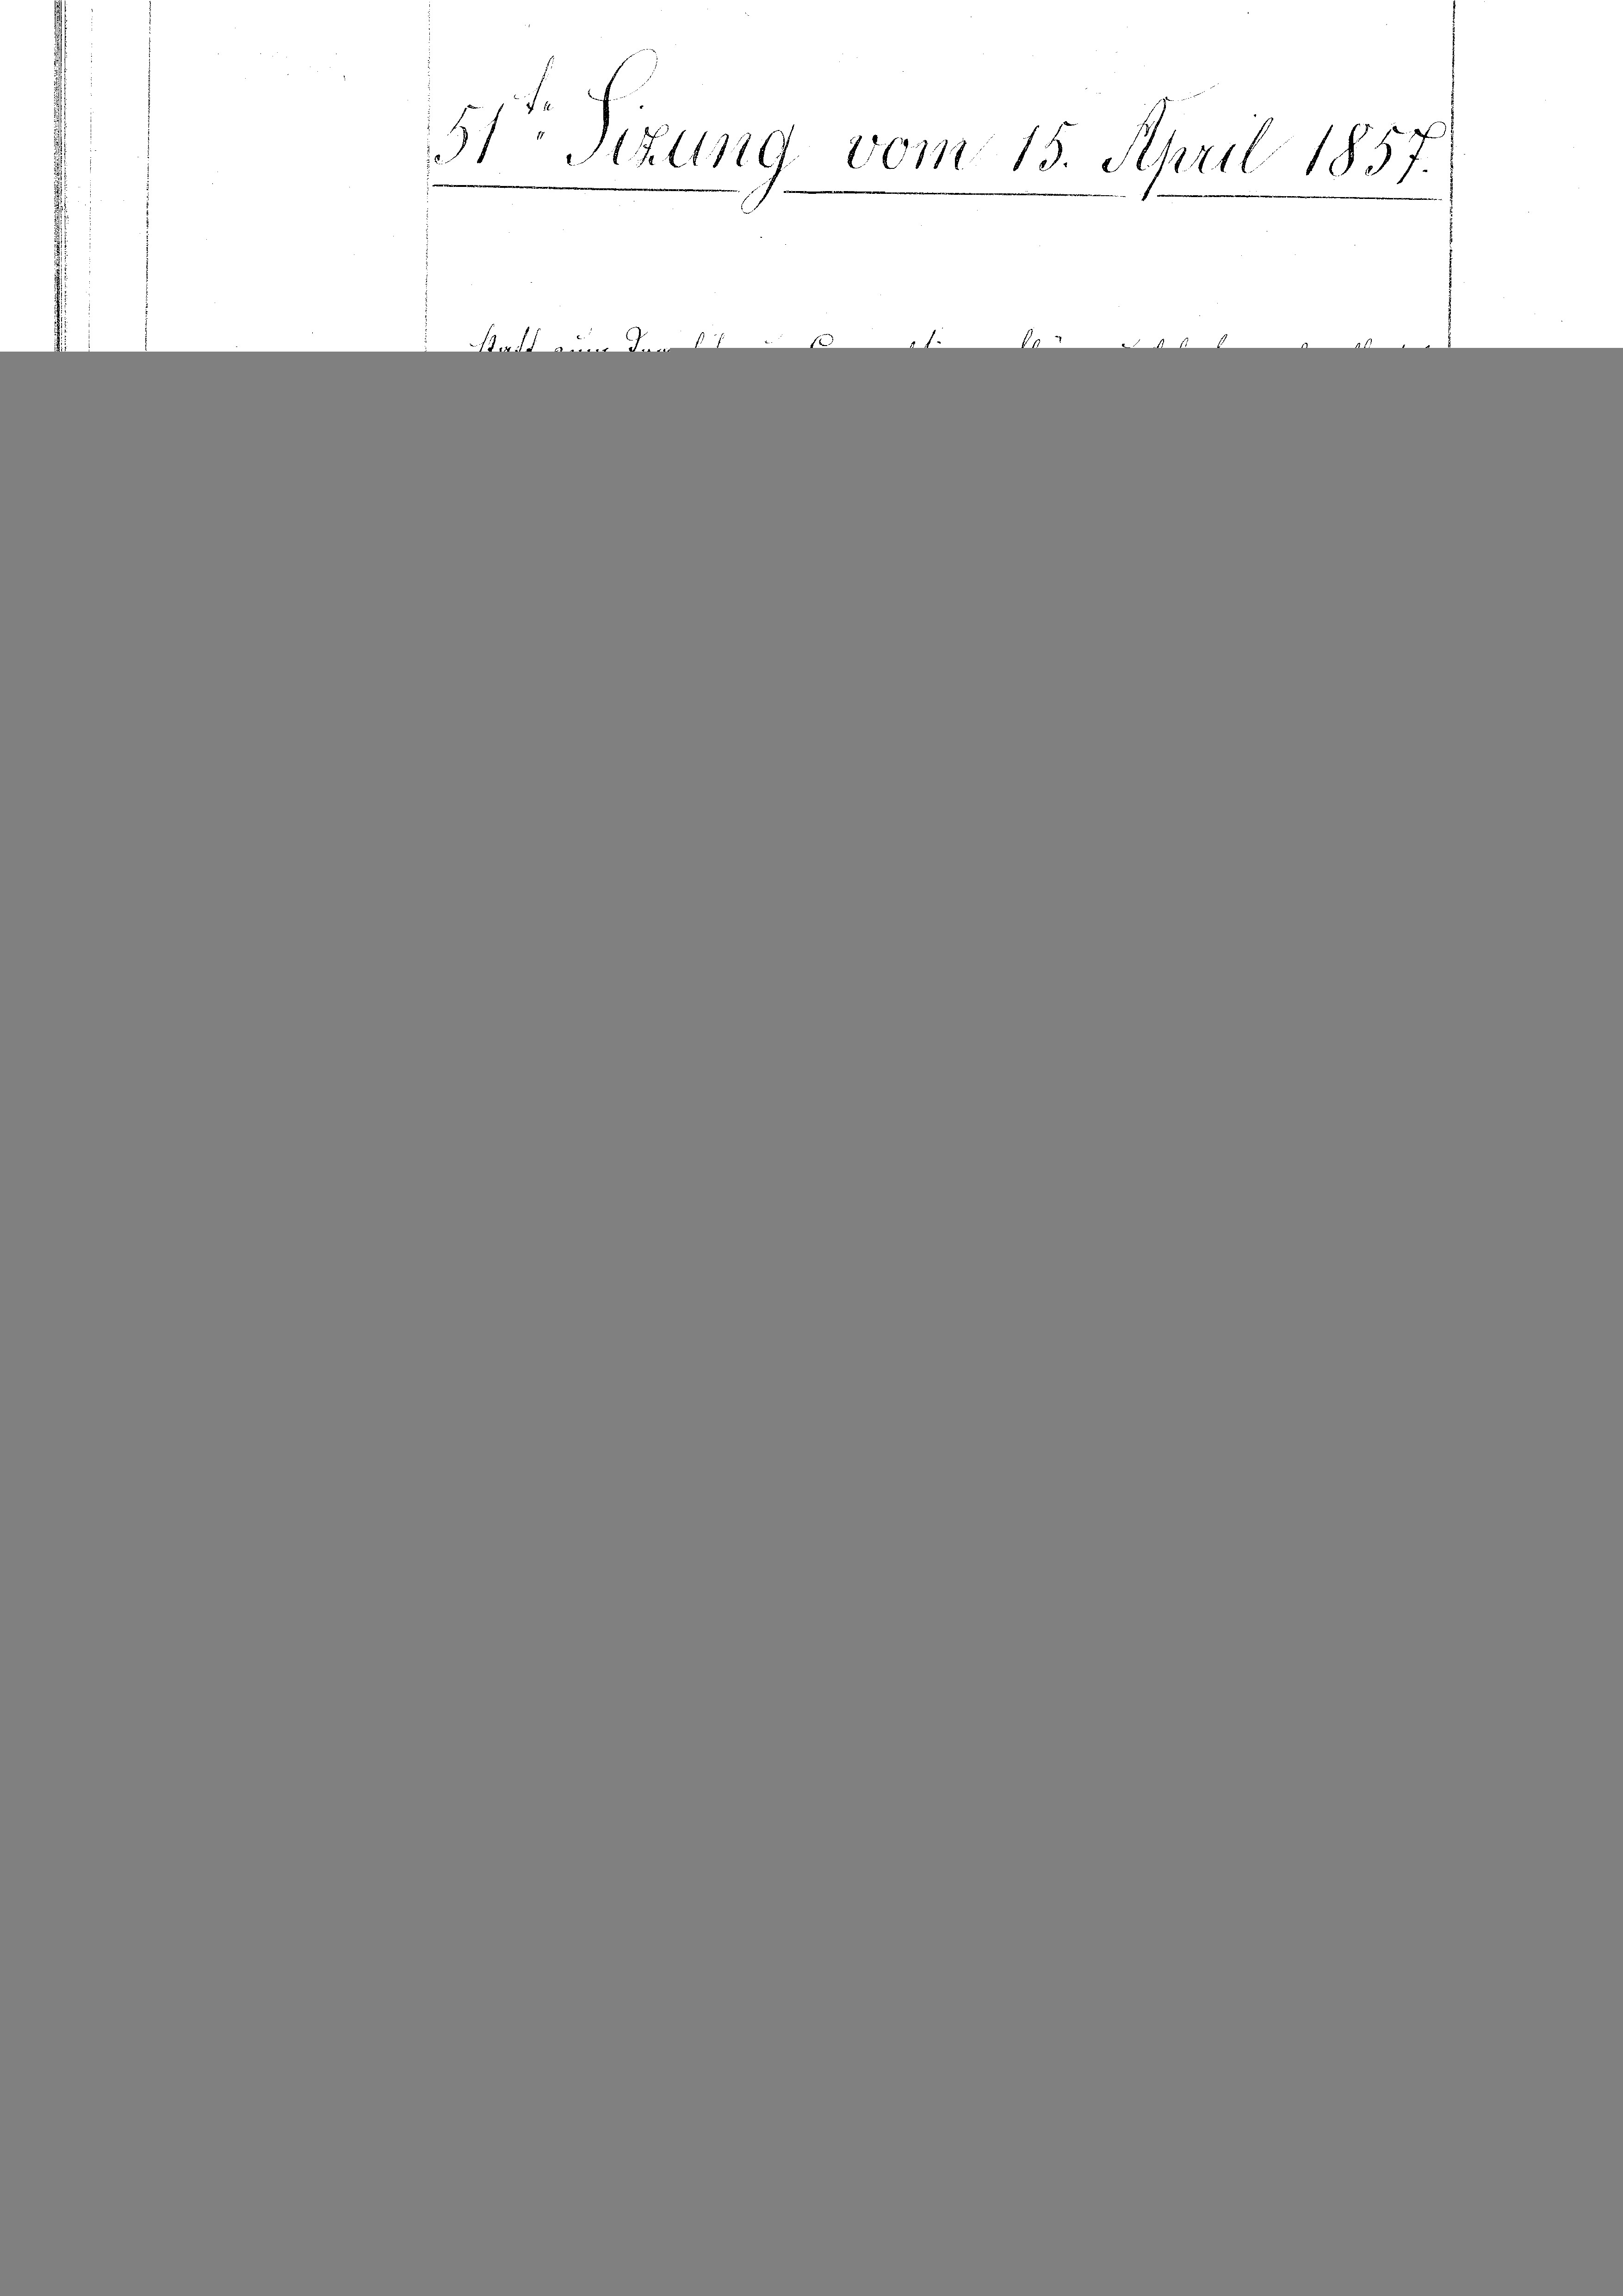
51 Sizung vom 15. April 1857.